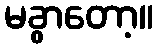
မခွာတော့။